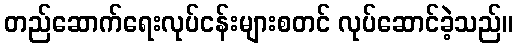
တည်ဆောက်ရေးလုပ်ငန်းများစတင် လုပ်ဆောင်ခဲ့သည်။